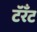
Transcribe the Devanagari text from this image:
टॅरँट